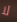
لا